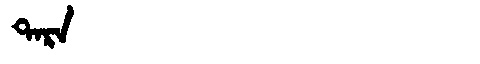
Manchu: ᡨᠠᡵᠠ
Romanization: TARA